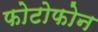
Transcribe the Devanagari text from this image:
फोटोफोन